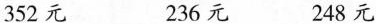
352元 236元 248元